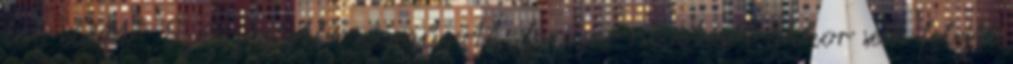
láb előtt”. Szájszögletbe száműzött, fanyar nevetését akkor sem felejti